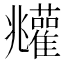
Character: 𩁧